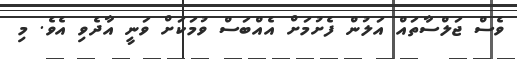
ވެސް ޖަލްސާތައް އަލުން ފެށުމަށް އެއްބަސް ވުމަކަށް ވަނީ އާދެވި އެވެ. މި